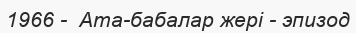
1966 -  Ата-бабалар жері - эпизод